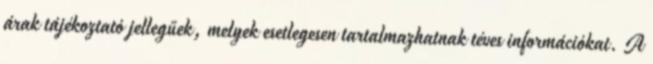
árak tájékoztató jellegűek, melyek esetlegesen tartalmazhatnak téves információkat. A